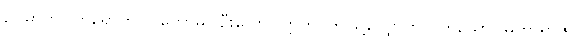
ဥပမာကို။ ကရောဟိ၊ ပြုတော်မူပါဦးလော။ ဣတိ၊ ဤသို့လျှောက်လတ်သော်။ မဟာရာဇ၊